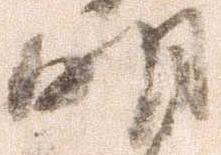
明